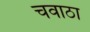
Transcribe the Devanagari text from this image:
चवाठा